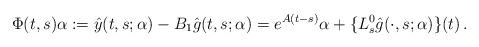
LaTeX: \begin{align*}\Phi(t,s)\alpha := \hat{y}(t,s;\alpha)-B_1\hat{g}(t,s;\alpha)=e^{A(t-s)} \alpha + \{L^0_s \hat{g}(\cdot,s;\alpha)\}(t)\,. \end{align*}